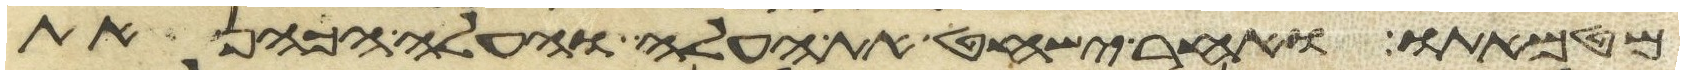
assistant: מטמאתו ואחר ישחט את העלה והעלה הכהן את